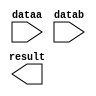
// megafunction wizard: %LPM_MULT%VBB%
// GENERATION: STANDARD
// VERSION: WM1.0
// MODULE: lpm_mult 

// ============================================================
// Megafunction Name(s):
// 			lpm_mult
//
// Simulation Library Files(s):
// 			lpm
// ============================================================
// ************************************************************
// THIS IS A WIZARD-GENERATED FILE. DO NOT EDIT THIS FILE!
//
// 22.1std.0 Build 915 10/25/2022 SC Lite Edition
// ************************************************************

//Copyright (C) 2022  Intel Corporation. All rights reserved.
//Your use of Intel Corporation's design tools, logic functions 
//and other software and tools, and any partner logic 
//functions, and any output files from any of the foregoing 
//(including device programming or simulation files), and any 
//associated documentation or information are expressly subject 
//to the terms and conditions of the Intel Program License 
//Subscription Agreement, the Intel Quartus Prime License Agreement,
//the Intel FPGA IP License Agreement, or other applicable license
//agreement, including, without limitation, that your use is for
//the sole purpose of programming logic devices manufactured by
//Intel and sold by Intel or its authorized distributors.  Please
//refer to the applicable agreement for further details, at
//https://fpgasoftware.intel.com/eula.

module gen_mul (
	dataa,
	datab,
	result);

	input	[7:0]  dataa;
	input	[7:0]  datab;
	output	[15:0]  result;

endmodule

// ============================================================
// CNX file retrieval info
// ============================================================
// Retrieval info: PRIVATE: AutoSizeResult NUMERIC "1"
// Retrieval info: PRIVATE: B_isConstant NUMERIC "0"
// Retrieval info: PRIVATE: ConstantB NUMERIC "0"
// Retrieval info: PRIVATE: INTENDED_DEVICE_FAMILY STRING "Cyclone V"
// Retrieval info: PRIVATE: LPM_PIPELINE NUMERIC "0"
// Retrieval info: PRIVATE: Latency NUMERIC "0"
// Retrieval info: PRIVATE: SYNTH_WRAPPER_GEN_POSTFIX STRING "0"
// Retrieval info: PRIVATE: SignedMult NUMERIC "0"
// Retrieval info: PRIVATE: USE_MULT NUMERIC "1"
// Retrieval info: PRIVATE: ValidConstant NUMERIC "0"
// Retrieval info: PRIVATE: WidthA NUMERIC "8"
// Retrieval info: PRIVATE: WidthB NUMERIC "8"
// Retrieval info: PRIVATE: WidthP NUMERIC "16"
// Retrieval info: PRIVATE: aclr NUMERIC "0"
// Retrieval info: PRIVATE: clken NUMERIC "0"
// Retrieval info: PRIVATE: new_diagram STRING "1"
// Retrieval info: PRIVATE: optimize NUMERIC "0"
// Retrieval info: LIBRARY: lpm lpm.lpm_components.all
// Retrieval info: CONSTANT: LPM_HINT STRING "MAXIMIZE_SPEED=5"
// Retrieval info: CONSTANT: LPM_REPRESENTATION STRING "UNSIGNED"
// Retrieval info: CONSTANT: LPM_TYPE STRING "LPM_MULT"
// Retrieval info: CONSTANT: LPM_WIDTHA NUMERIC "8"
// Retrieval info: CONSTANT: LPM_WIDTHB NUMERIC "8"
// Retrieval info: CONSTANT: LPM_WIDTHP NUMERIC "16"
// Retrieval info: USED_PORT: dataa 0 0 8 0 INPUT NODEFVAL "dataa[7..0]"
// Retrieval info: USED_PORT: datab 0 0 8 0 INPUT NODEFVAL "datab[7..0]"
// Retrieval info: USED_PORT: result 0 0 16 0 OUTPUT NODEFVAL "result[15..0]"
// Retrieval info: CONNECT: @dataa 0 0 8 0 dataa 0 0 8 0
// Retrieval info: CONNECT: @datab 0 0 8 0 datab 0 0 8 0
// Retrieval info: CONNECT: result 0 0 16 0 @result 0 0 16 0
// Retrieval info: GEN_FILE: TYPE_NORMAL gen_mul.v TRUE
// Retrieval info: GEN_FILE: TYPE_NORMAL gen_mul.inc FALSE
// Retrieval info: GEN_FILE: TYPE_NORMAL gen_mul.cmp FALSE
// Retrieval info: GEN_FILE: TYPE_NORMAL gen_mul.bsf TRUE
// Retrieval info: GEN_FILE: TYPE_NORMAL gen_mul_inst.v TRUE
// Retrieval info: GEN_FILE: TYPE_NORMAL gen_mul_bb.v TRUE
// Retrieval info: LIB_FILE: lpm